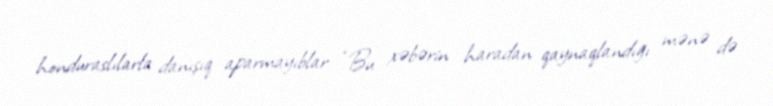
honduraslılarla danışıq aparmayıblar: “Bu xəbərin haradan qaynaqlandığı mənə də